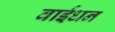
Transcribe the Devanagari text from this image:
वाईधन